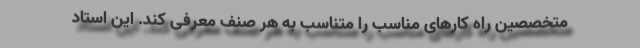
متخصصین راه کارهای مناسب را متناسب به هر صنف معرفی کند. این استاد